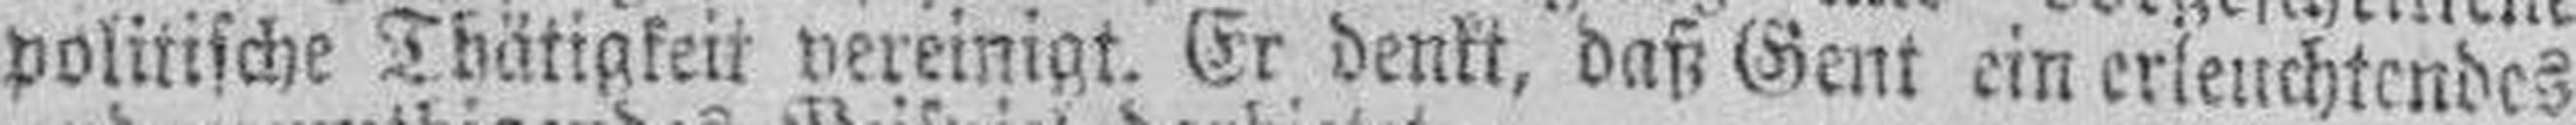
politische Thätigkeit vereinigt. Er denkt, daß Gent ein erleuchtendes